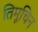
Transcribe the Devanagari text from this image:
तिमूचिन